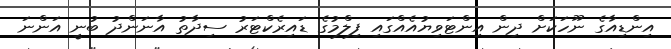
އިންޑިއާގެ ނޫހަކަށް ދިން އިންޓަވިޔުއެއްގައި ފިލްމުގެ ޑައިރެކްޓަރު ސިދާތު އާނަންދު ބުނީ އަންނަ